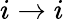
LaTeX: i\rightarrow i